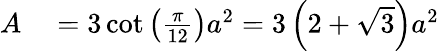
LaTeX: \begin{array}{rl}{A}&{{}=3\cot\left({\frac{\pi}{12}}\right)a^{2}=3\left(2+{\sqrt{3}}\right)a^{2}}\end{array}